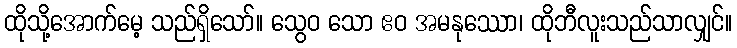
ထိုသို့အောက်မေ့ သည်ရှိသော်။ သွေဝ သော ဧဝ အမနုဿော၊ ထိုဘီလူးသည်သာလျှင်။